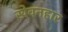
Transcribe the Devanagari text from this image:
खेवनहार